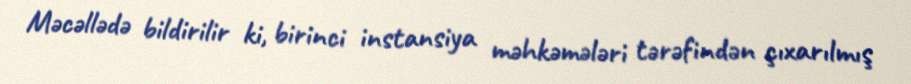
Məcəllədə bildirilir ki, birinci instansiya məhkəmələri tərəfindən çıxarılmış